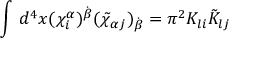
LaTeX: \int \, d ^ { 4 } x ( \chi _ { i } ^ { \alpha } ) ^ { \dot { \beta } } ( \tilde { \chi } _ { \alpha j } ) _ { \dot { \beta } } = \pi ^ { 2 } { \cal K } _ { l i } \tilde { \cal K } _ { l j }